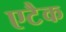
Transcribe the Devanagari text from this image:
एटैक